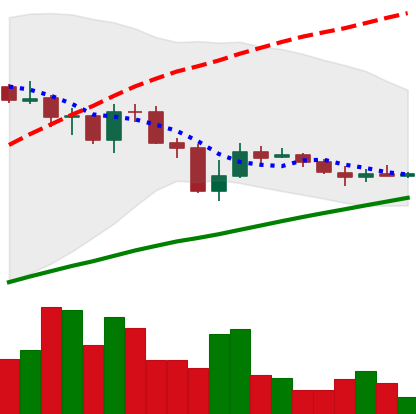
Ticker: LINK-USD
Chart end date: 2019-07-26
Forward return: -8.601%
Label: down_7plus